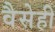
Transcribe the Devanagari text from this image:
वैसेही